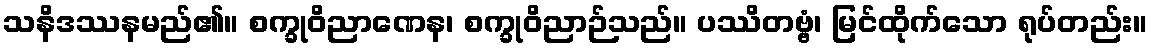
သနိဒဿနမည်၏။ စက္ခုဝိညာဏေန၊ စက္ခုဝိညာဉ်သည်။ ပဿိတဗ္ဗံ၊ မြင်ထိုက်သော ရုပ်တည်း။